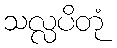
သလ္လပိတုံ